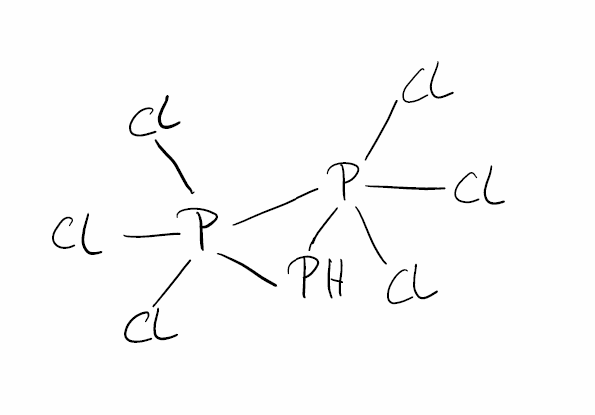
Simplified molecular-input line-entry system (SMILES) notation of the given molecule:
P1P(P1(Cl)(Cl)Cl)(Cl)(Cl)Cl